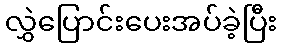
လွှဲပြောင်းပေးအပ်ခဲ့ပြီး